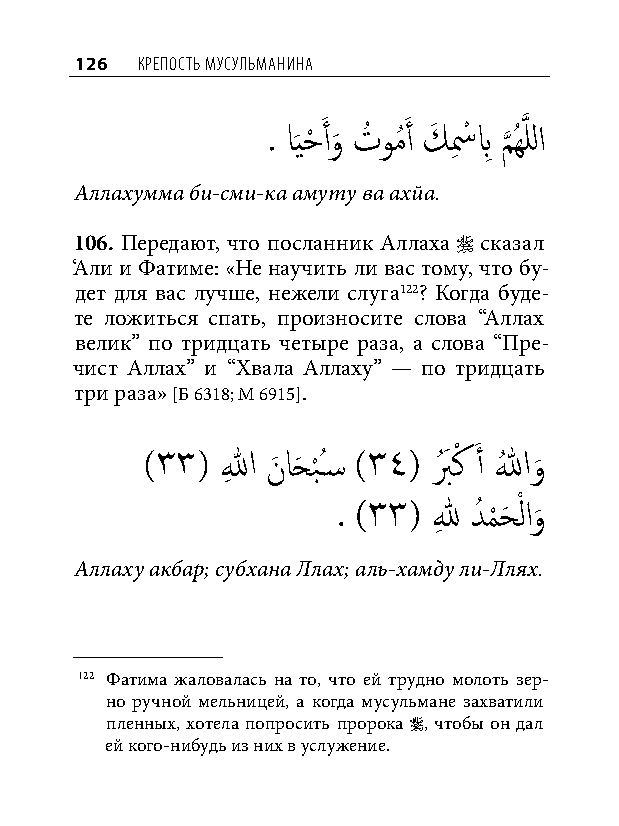
126 КреПость мусульманина
 . ا َيحْ َ أو
 َ
 تُ ومُ َ أ كَ سِ ْ بِ م
 َّذ
 ُهَّذ للا
 Аллахумма би-сми-ка амуту ва ахйа.
 106. Передают, что посланник Аллаха  сказал
 ‘Али и Фатиме: «Не научить ли вас тому, что бу-
 дет для вас лучше, нежели слуга122? Когда буде-
 те ложиться спать, произносите слова “Аллах
 велик” по тридцать четыре раза, а слова “Пре-
 чист Аллах” и “Хвала Аллаху” — по тридцать
 три раза» [Б 6318; М 6915].
 )٣٣( اللهِ نَ احَ ب
 ْ
 ُس� )٣٤( بُ َ كْ َ أ اللهُ و
 َ
 . )٣٣( للهِ دُ م
 ْ
 حَ ْ لاو
 َ
 Аллаху акбар; субхана Ллах; аль-хамду ли-Ллях.
 122 Фатима жаловалась на то, что ей трудно молоть зер-
 но ручной мельницей, а когда мусульмане захватили
 пленных, хотела попросить пророка , чтобы он дал
 ей кого-нибудь из них в услужение.